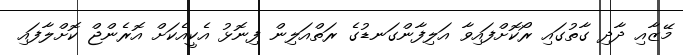
މޭޒާއި ދާދި ގާތުގައި ރޯކޮށްފައިވާ އަލިފާންގަނޑުގެ ރަތްއަލިން ފިނޮޅު އެކީއެކަށް އޮރެންޖް ކޮށްލާފައި